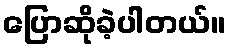
ပြောဆိုခဲ့ပါတယ်။